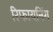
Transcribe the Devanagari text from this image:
रिफायनिंग